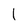
Character: 1